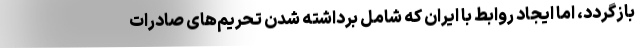
بازگردد، اما ایجاد روابط با ایران که شامل برداشته شدن تحریم‌های صادرات